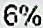
6%